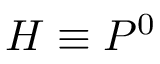
H \equiv P ^ { 0 }